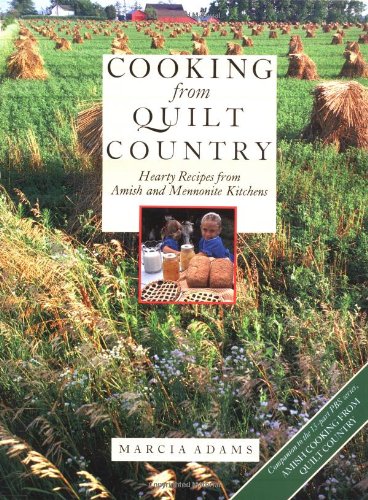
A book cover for Cooking from Quilt Country : Hearty Recipes from Amish and Mennonite Kitchens; Marcia Adams; Cookbooks, Food & Wine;